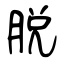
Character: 脱